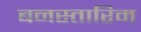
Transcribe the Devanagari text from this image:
बनस्तारिम